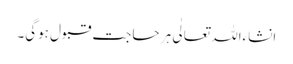
انشاءاللہ تعالٰی ہر حاجت قبول ہوگی۔